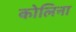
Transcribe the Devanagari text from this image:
कोलिना